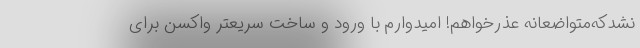
‌نشدکه‌متواضعانه عذرخواهم! امیدوارم با ورود و ساخت سریعتر واکسن برای